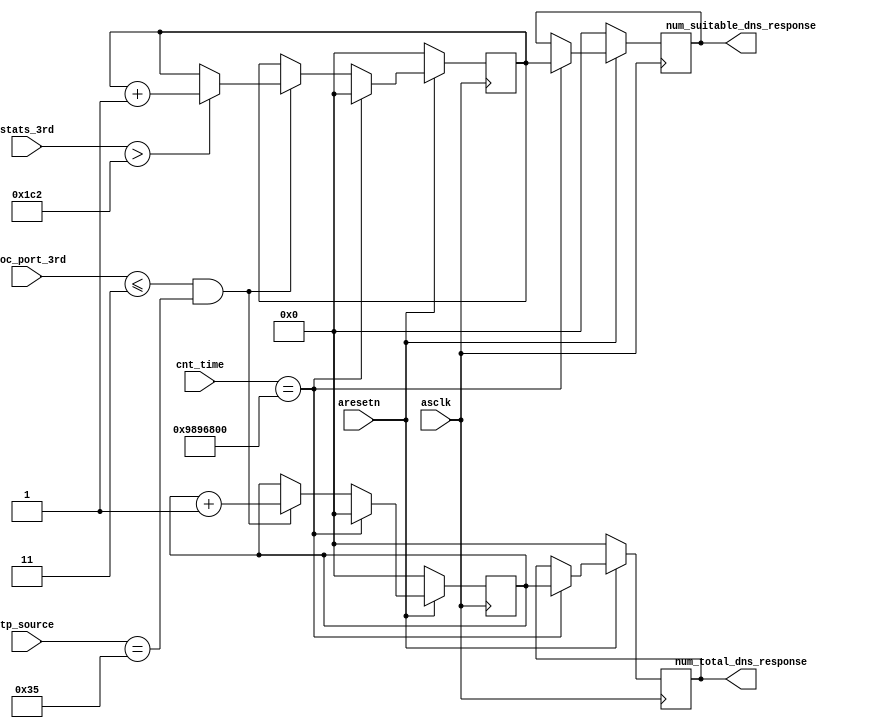
module f_4_5 
(
	input asclk,
	input aresetn,

	input [27:0] cnt_time,
	input [2:0] proc_port_3rd,
	input [15:0] stats_3rd,
	input [15:0] tp_source,

	// dns response
   output reg [31:0] num_suitable_dns_response,
   output reg [31:0] num_total_dns_response
);

	// dns response
   reg [31:0] num_suitable_dns_response_tmp;
   reg [31:0] num_total_dns_response_tmp;

	// dns response
   always @(posedge asclk) begin
      if (~aresetn) begin
         num_suitable_dns_response <= 0;
         num_total_dns_response <= 0;
         num_suitable_dns_response_tmp <= 0;
         num_total_dns_response_tmp <= 0;
      end
      else begin
         if (cnt_time == 28'd160000000) begin   // 1 second
            num_suitable_dns_response <= num_suitable_dns_response_tmp;
            num_total_dns_response <= num_total_dns_response_tmp;
            num_suitable_dns_response_tmp <= 0;
            num_total_dns_response_tmp <= 0;
         end
         else if ((proc_port_3rd <= 3) && (tp_source == 16'd53)) begin   // dns protocol
            num_total_dns_response_tmp <= num_total_dns_response_tmp + 1;
            if (stats_3rd > 16'd450) begin
               num_suitable_dns_response_tmp <= num_suitable_dns_response_tmp + 1;
            end
         end
      end
   end

endmodule